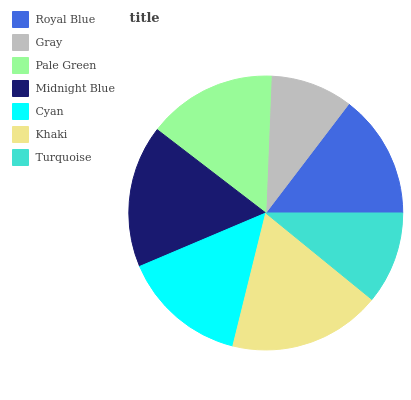
| Royal Blue | Gray | Pale Green | Midnight Blue | Cyan | Khaki | Turquoise |
 | --- | --- | --- | --- | --- | --- | --- |
 | 14.6% | 9.72% | 15.2% | 16.9% | 14.8% | 18% | 10.9% |